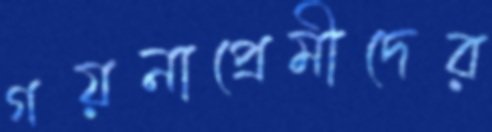
গয়নাপ্রেমীদের